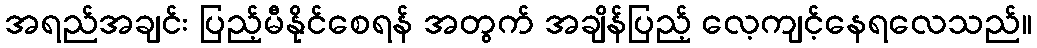
အရည်အချင်း ပြည့်မီနိုင်စေရန် အတွက် အချိန်ပြည့် လေ့ကျင့်နေရလေသည်။